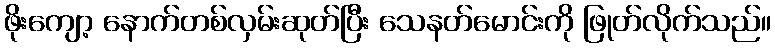
ဖိုးကျော့ နောက်တစ်လှမ်းဆုတ်ပြီး သေနတ်မောင်းကို ဖြုတ်လိုက်သည်။